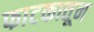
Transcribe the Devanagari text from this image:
फाटकातून